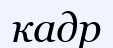
кадр